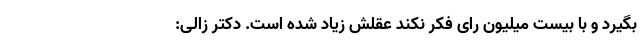
بگیرد و با بیست میلیون رای فکر نکند عقلش زیاد شده است. دکتر زالی: